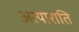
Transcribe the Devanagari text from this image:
अत्याराति